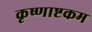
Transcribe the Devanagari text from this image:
कृष्णाष्टकम